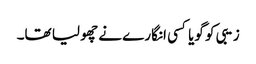
زیبی کو گویا کسی انگارے نے چھو لیا تھا۔